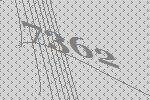
7362